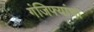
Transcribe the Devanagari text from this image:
गंजिफ्यांचा